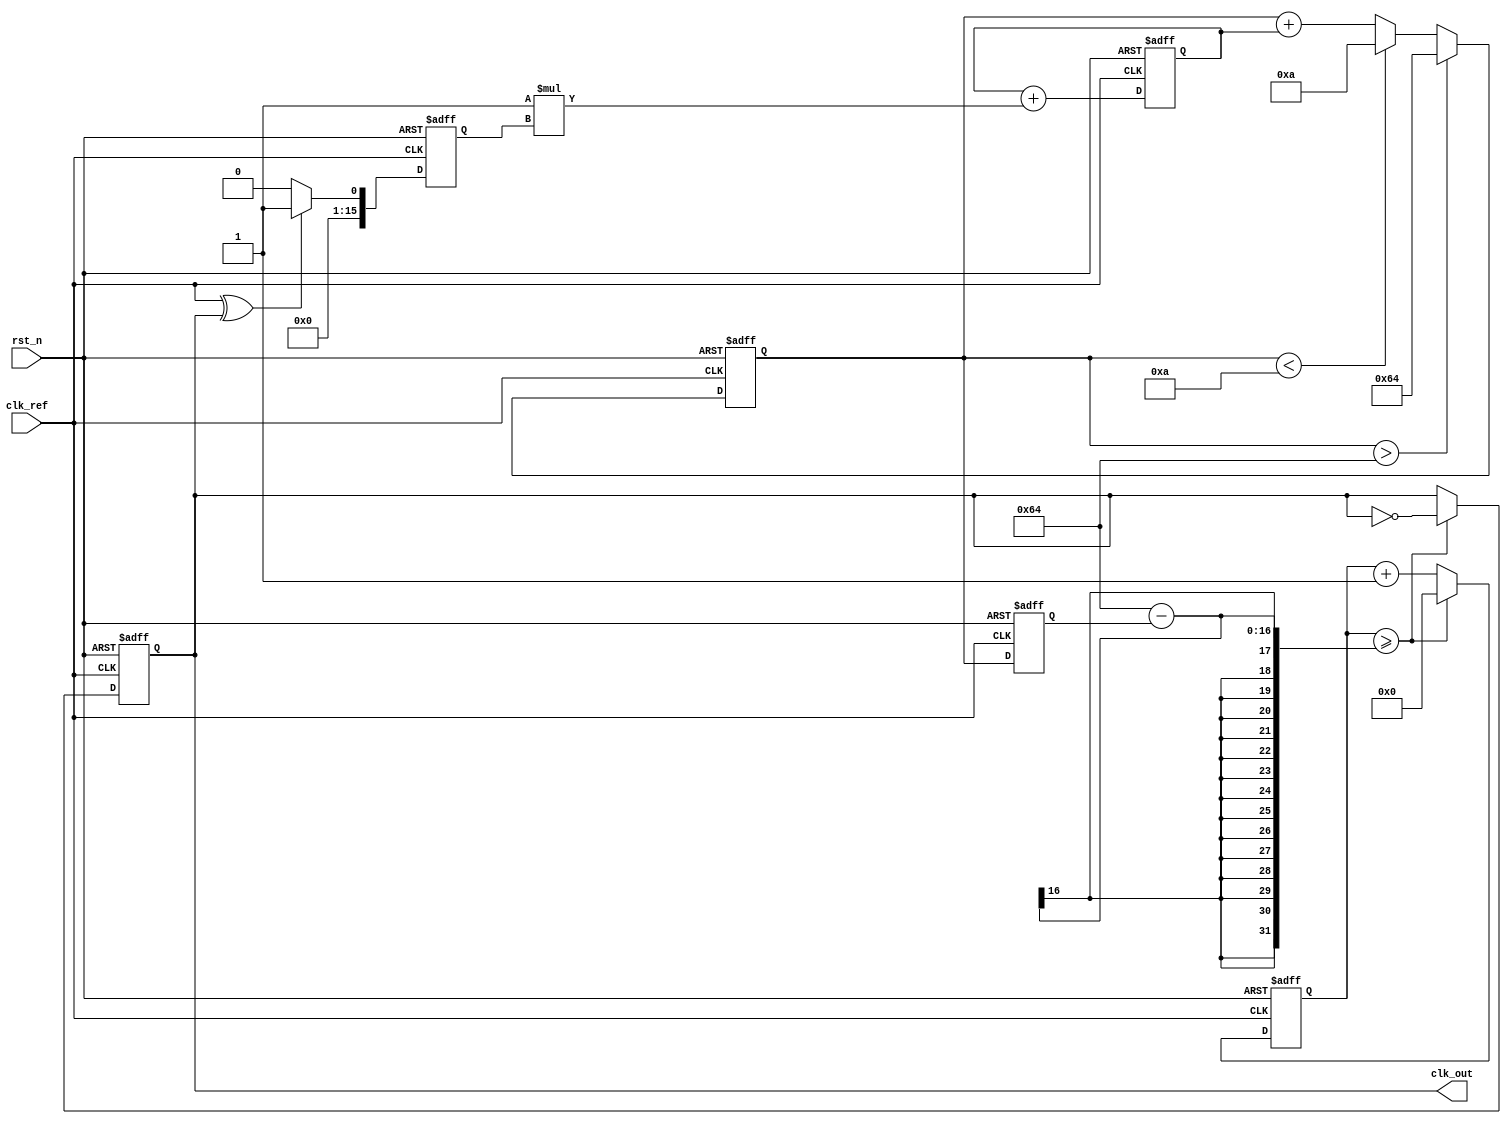
module type2_pll (
    input wire clk_ref,          // Reference clock input
    input wire rst_n,           // Active low reset
    output reg clk_out          // Output clock
);

    // Parameters for the PLL
    parameter integer VCO_MAX_FREQ = 100; // Max frequency of VCO
    parameter integer VCO_MIN_FREQ = 10;   // Min frequency of VCO
    parameter integer Kp = 1;               // Proportional gain
    parameter integer Ki = 1;               // Integral gain

    // Internal signals
    reg [15:0] phase_error;                 // Phase error signal
    reg [15:0] control_voltage;              // Control voltage for VCO
    reg [15:0] vco_freq;                     // Current frequency of VCO
    reg [15:0] vco_counter;                  // VCO counter for clock generation
    reg [15:0] integral;                     // Integral term for loop filter

    // Phase Detector (simple XOR for demonstration)
    always @(posedge clk_ref or negedge rst_n) begin
        if (!rst_n) begin
            phase_error <= 0;
        end else begin
            // Compare reference clock with feedback clock (clk_out)
            phase_error <= (clk_ref ^ clk_out) ? 1 : 0; // Simple phase error detection
        end
    end

    // Loop Filter (Proportional + Integral)
    always @(posedge clk_ref or negedge rst_n) begin
        if (!rst_n) begin
            control_voltage <= 0;
            integral <= 0;
        end else begin
            // Proportional term
            control_voltage <= Kp * phase_error;

            // Integral term
            integral <= integral + (Ki * phase_error);
            control_voltage <= control_voltage + integral;

            // Limit control voltage to VCO range
            if (control_voltage > VCO_MAX_FREQ) begin
                control_voltage <= VCO_MAX_FREQ;
            end else if (control_voltage < VCO_MIN_FREQ) begin
                control_voltage <= VCO_MIN_FREQ;
            end
        end
    end

    // Voltage-Controlled Oscillator (VCO)
    always @(posedge clk_ref or negedge rst_n) begin
        if (!rst_n) begin
            vco_freq <= VCO_MIN_FREQ; // Start at minimum frequency
            vco_counter <= 0;
            clk_out <= 0;
        end else begin
            // Update VCO frequency based on control voltage
            vco_freq <= control_voltage;

            // Generate output clock based on VCO frequency
            vco_counter <= vco_counter + 1;
            if (vco_counter >= (100 - vco_freq)) begin // Adjust the divisor based on frequency
                clk_out <= ~clk_out; // Toggle output clock
                vco_counter <= 0;
            end
        end
    end

endmodule